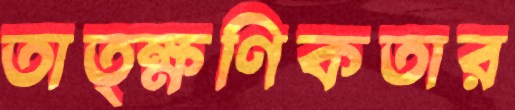
তাত্ক্ষণিকতার